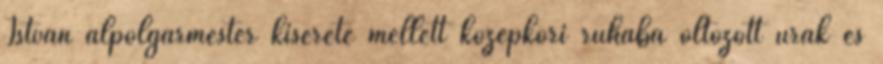
István alpolgármester kísérete mellett középkori ruhába öltözött urak és